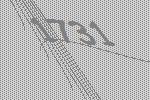
1731